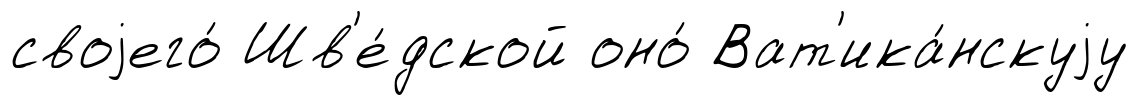
своjего́ Шв'е́дской оно́ Ват'ика́нскуjу